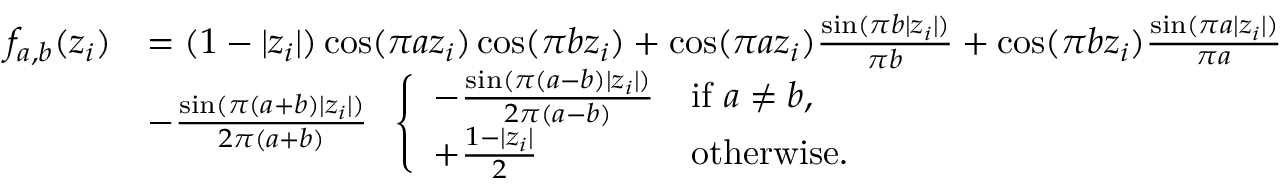
\begin{array} { r l } { f _ { a , b } ( z _ { i } ) } & { = ( 1 - | z _ { i } | ) \cos ( \pi a z _ { i } ) \cos ( \pi b z _ { i } ) + \cos ( \pi a z _ { i } ) \frac { \sin ( \pi b | z _ { i } | ) } { \pi b } + \cos ( \pi b z _ { i } ) \frac { \sin ( \pi a | z _ { i } | ) } { \pi a } } \\ & { - \frac { \sin ( \pi ( a + b ) | z _ { i } | ) } { 2 \pi ( a + b ) } \; \; \left\{ \begin{array} { l l } { - \frac { \sin ( \pi ( a - b ) | z _ { i } | ) } { 2 \pi ( a - b ) } } & { \mathrm { i f ~ } a \neq b , } \\ { + \frac { 1 - | z _ { i } | } { 2 } } & { \mathrm { o t h e r w i s e . } } \end{array} \right. } \end{array}